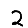
Digit: 2